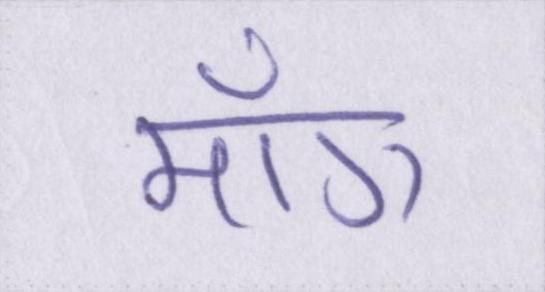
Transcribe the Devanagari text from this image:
माँग